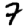
Digit: 7